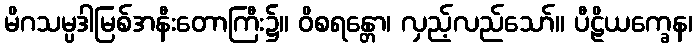
မိဂသမ္ပဒါမြစ်အနီးတောကြီး၌။ ဝိစရန္တော၊ လှည့်လည်သော်။ ပီဠိယက္ခေန၊